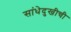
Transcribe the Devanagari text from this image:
सांधेदुखीची